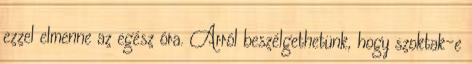
ezzel elmenne az egész óra. Arról beszélgethetünk, hogy szoktak-e